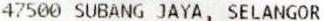
47500 SUBANG JAYA, SELANGOR